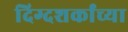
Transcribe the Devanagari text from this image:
दिग्दशर्कांच्या